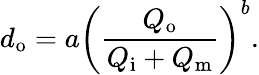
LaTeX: d_{\mathrm{o}}=a\left(\frac{Q_{\mathrm{o}}}{Q_{\mathrm{i}}+Q_{\mathrm{m}}}\right)^{b}.